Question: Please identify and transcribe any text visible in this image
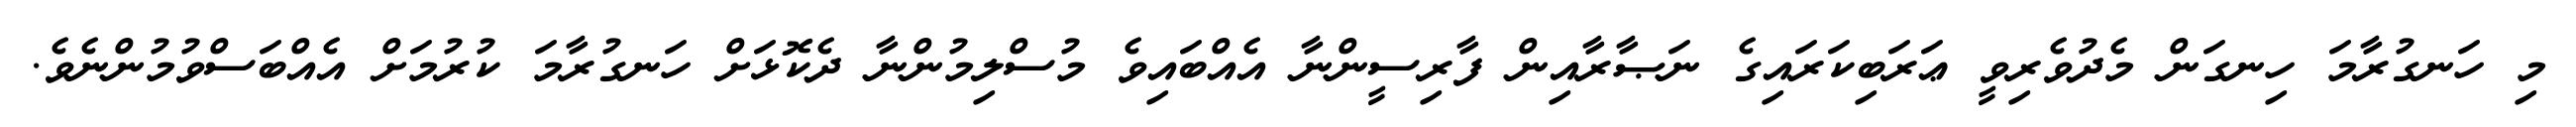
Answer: މި ހަނގުރާމަ ހިނގަން މެދުވެރިވީ ޢަރަބިކަރައިގެ ނަޞާރާއިން ފާރިސީންނާ އެއްބައިވެ މުސްލިމުންނާ ދެކޮޅަށް ހަނގުރާމަ ކުރުމަށް އެއްބަސްވުމުންނެވެ.